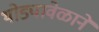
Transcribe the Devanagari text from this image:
थोड्यावेळाने